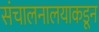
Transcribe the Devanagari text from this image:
संचालनालयाकडून